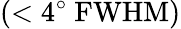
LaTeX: (<4^{\circ}\ \textrm{FWHM})